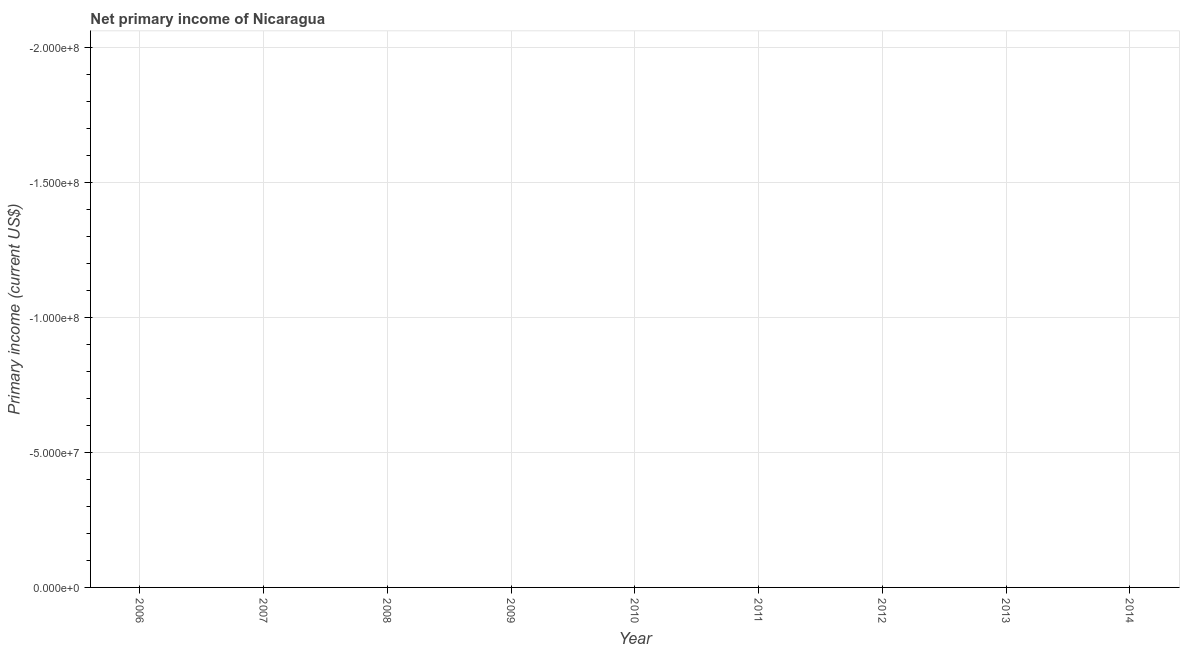
| Year | Net primary income |
 | --- | --- |
 | 2006 | -2.19e+08 |
 | 2007 | -2.12e+08 |
 | 2008 | -2.24e+08 |
 | 2009 | -2.53e+08 |
 | 2010 | -2.38e+08 |
 | 2011 | -2.5e+08 |
 | 2012 | -3.21e+08 |
 | 2013 | -3.13e+08 |
 | 2014 | -3.08e+08 |